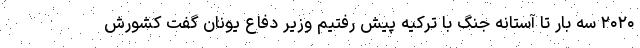
۲۰۲۰ سه بار تا آستانه جنگ با ترکیه پیش رفتیم وزیر دفاع یونان گفت کشورش